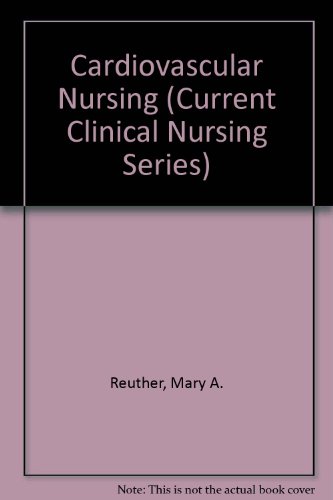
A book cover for Cardiovascular Nursing (Current Clinical Nursing Series); Mary A. Reuther; Medical Books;